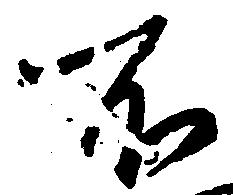
不